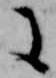
に